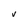
Character: v